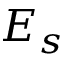
E _ { s }